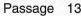
Passage 13